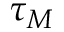
\tau _ { M }